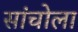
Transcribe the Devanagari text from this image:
सांचोला